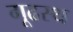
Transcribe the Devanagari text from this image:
गूढस्थ